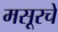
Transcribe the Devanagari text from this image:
मसूरचे